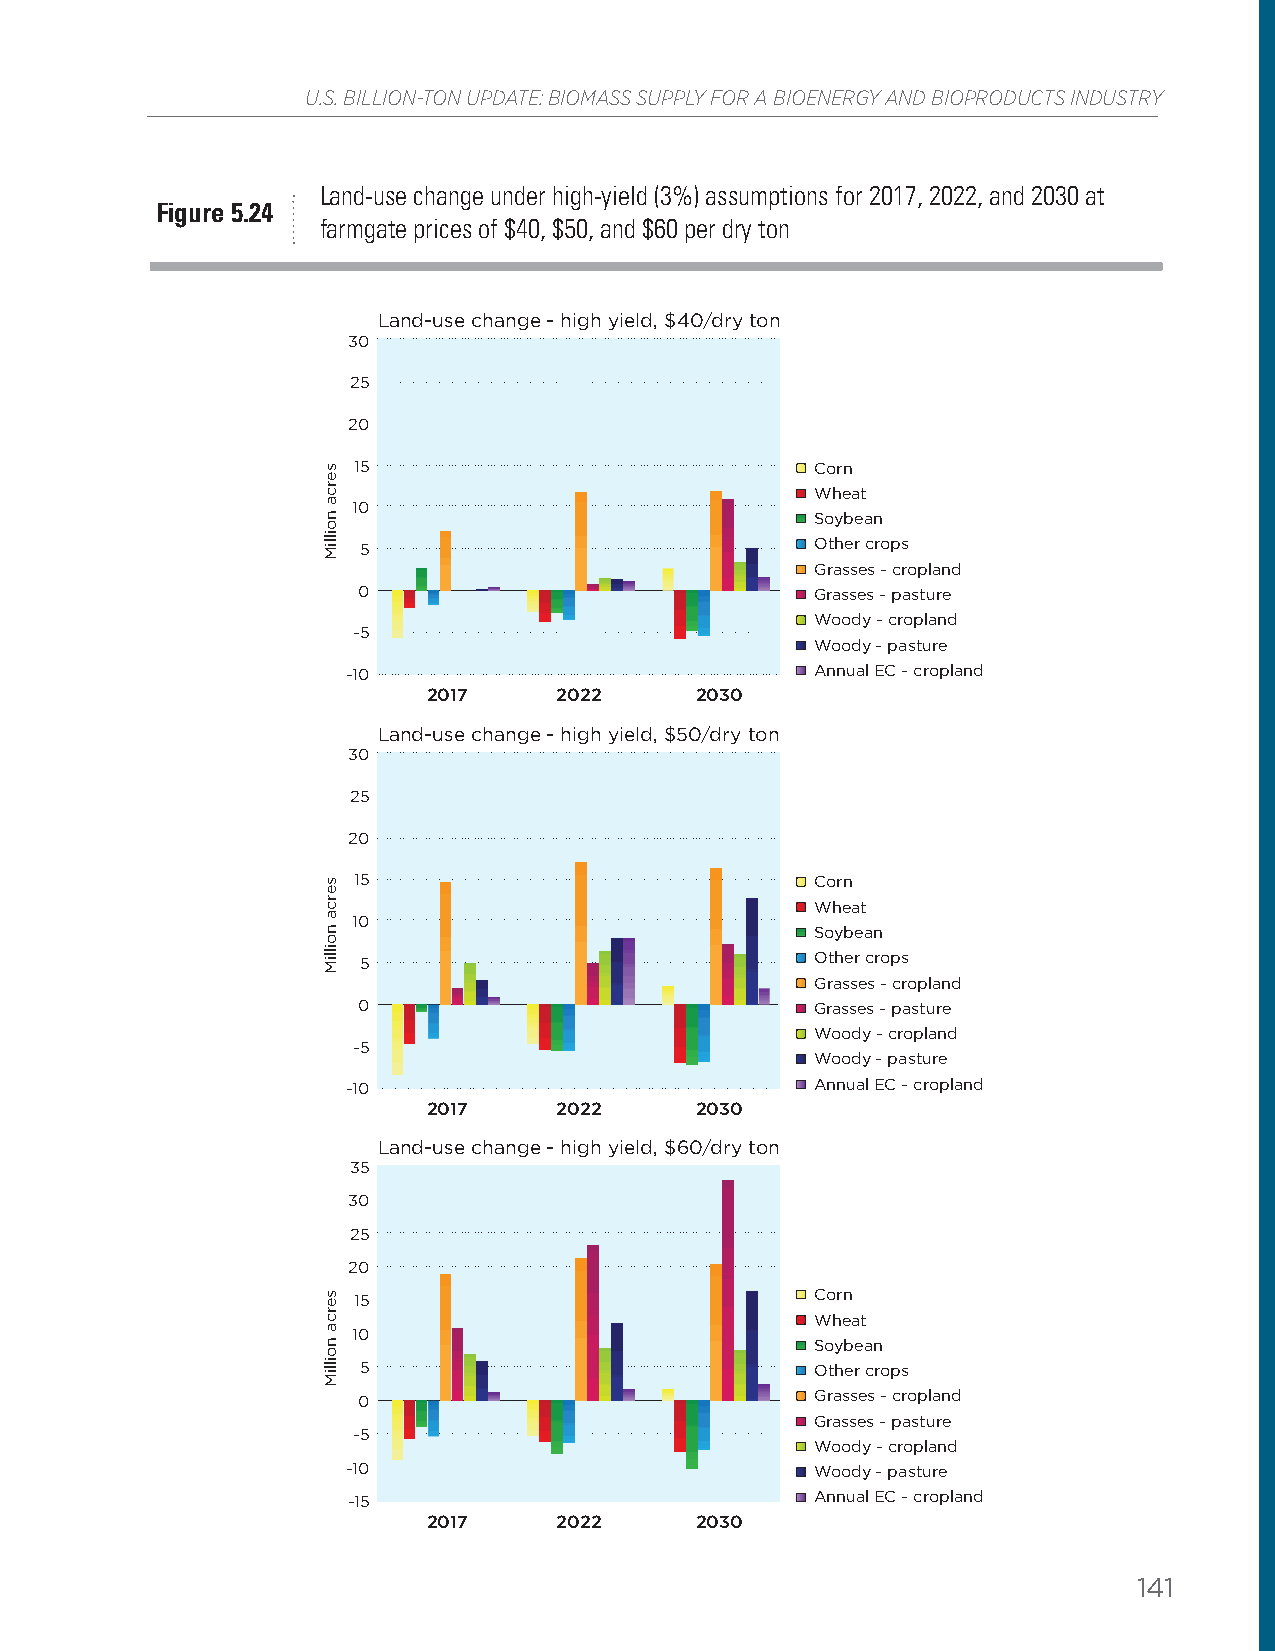
U.S. BILLION-TON UPDATE: BIOMASS SUPPLY FOR A BIOENERGY AND BIOPRODUCTS INDUSTRY
 Land-use change under high-yield (3%) assumptions for 2017, 2022, and 2030 at
 Figure 5.24
 farmgate prices of $40, $50, and $60 per dry ton
 Land-use change - high yield, $40/dry ton
 30
 25
 20
 15                             Corn
 Wheat
 10
 Soybean
 5                             Other crops
 Grasses - cropland
 0                             Grasses - pasture
 Woody - cropland
 -5
 Woody - pasture
 -10                            Annual EC - cropland
 2017     2022     2030
 Land-use change - high yield, $50/dry ton
 30
 25
 20
 15                             Corn
 Wheat
 10
 Soybean
 5                             Other crops
 Grasses - cropland
 0                             Grasses - pasture
 Woody - cropland
 -5
 Woody - pasture
 -10                            Annual EC - cropland
 2017     2022     2030
 Land-use change - high yield, $60/dry ton
 35
 30
 25
 20
 15                             Corn
 Wheat
 10
 Soybean
 5                             Other crops
 0                             Grasses - cropland
 Grasses - pasture
 -5
 Woody - cropland
 -10                            Woody - pasture
 -15                            Annual EC - cropland
 2017     2022     2030
 141
 serca
 noilliM
 serca
 noilliM
 serca
 noilliM